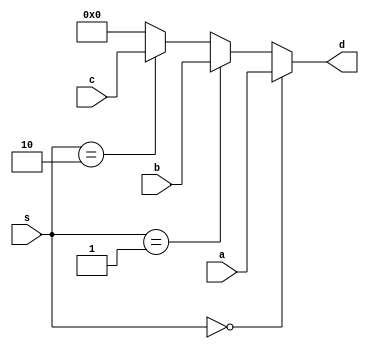
`timescale 1ns / 1ps
//////////////////////////////////////////////////////////////////////////////////
// Company: 
// Engineer: 
// 
// Design Name: 
// Module Name: Mux_3_by_1
// Project Name: 
// Target Devices: 
// Tool Versions: 
// Description: 
// 
// Dependencies: 
// 
// Revision:
// Revision 0.01 - File Created
// Additional Comments:
// 
//////////////////////////////////////////////////////////////////////////////////


module Mux_3_by_1(a,b,c,s,d);
    input [31:0] a,b,c;
    input [1:0] s;
    output [31:0] d;

    assign d = (s == 2'b00) ? a : (s == 2'b01) ? b : (s == 2'b10) ? c : 32'h00000000;
    
endmodule